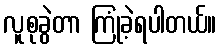
လူစုခွဲတာ ကြုံခဲ့ရပါတယ်။